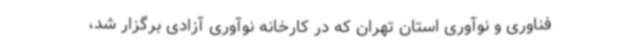
فناوری و نوآوری استان تهران که در کارخانه نوآوری آزادی برگزار شد،